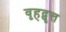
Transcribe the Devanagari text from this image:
वृहद्वृत्त